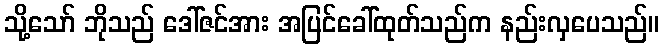
သို့သော် ဘိုသည် ဒေါ်ဇင်အား အပြင်ခေါ်ထုတ်သည်က နည်းလှပေသည်။